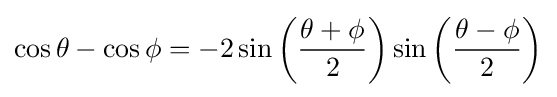
\cos \theta -\cos \phi =-2\sin \left({\frac {\theta +\phi }{2}}\right)\sin \left({\frac {\theta -\phi }{2}}\right)